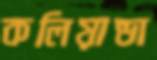
কলিয়ান্ডা